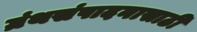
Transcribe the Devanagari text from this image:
ग्रंथसंपादनासाठी